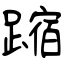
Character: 蹜